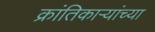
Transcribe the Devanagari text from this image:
क्रांतिकार्‍यांच्या